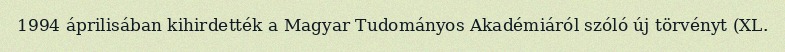
1994 áprilisában kihirdették a Magyar Tudományos Akadémiáról szóló új törvényt (XL.